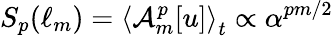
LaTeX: S_{p}(\ell_{m})=\left\langle\mathcal{A}_{m}^{p}[u]\right\rangle_{t}\propto\alpha^{pm/2}